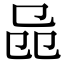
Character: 𠨕